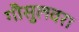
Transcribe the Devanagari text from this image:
गौसुलवरा